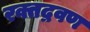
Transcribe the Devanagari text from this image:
रक्तद्रवण